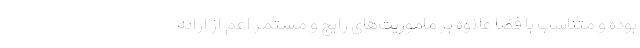
بوده و متناسب با فضا علاوه بر ماموریت‌های رایج و مستمر اعم از ارائه